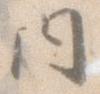
内